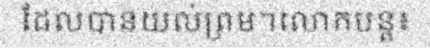
ដែលបានយល់ព្រម។លោកបន្ត៖